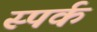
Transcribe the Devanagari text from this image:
स्पर्क